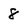
Character: 8